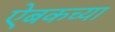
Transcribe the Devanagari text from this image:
ऐबकच्या